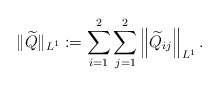
\begin{align*}\|\widetilde{Q}\|_{L^1}:=\sum_{i=1}^2\sum_{j=1}^2\left\|\widetilde{Q}_{i j}\right\|_{L^1}.\end{align*}